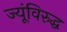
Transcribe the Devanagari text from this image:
ज्यूंविरुद्ध